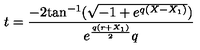
t = { \frac { - 2 \mathrm { t a n } ^ { - 1 } ( { \sqrt { - 1 + { e ^ { q \left( X - { X _ { 1 } } \right) } } } } ) { } } { { e ^ { { \frac { q \left( r + { X _ { 1 } } \right) } { 2 } } } } q } }